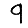
Digit: 9